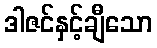
ဒါဇင်နှင့်ချီသော